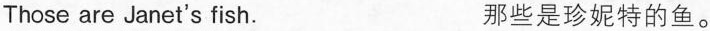
Those are Janet's fish. 那些是珍妮特的鱼。